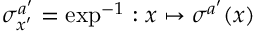
\sigma _ { x ^ { \prime } } ^ { a ^ { \prime } } = \exp ^ { - 1 } : x \mapsto \sigma ^ { a ^ { \prime } } ( x )